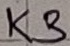
Text: K3